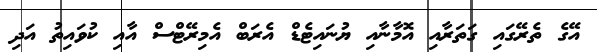
އޭގެ ތެރޭގައި ގަތަރާއި އޮމާނާއި ޔުނައިޓެޑް އެރަބް އެމިރޭޓްސް އާއި ކުވައިތު އަދި